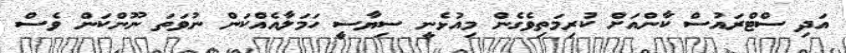
އަދި ސްޓްރައުސް ކާންއަށް ކުރިމަތިވެގެން މިއުޅެނީ ސިޔާސީ ހަމަލާއެއްކަން ނުވަތަ ނޫންކަން ވެސް